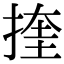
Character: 㨒